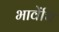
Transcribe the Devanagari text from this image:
भावेंचि